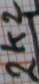
Text: 2k2